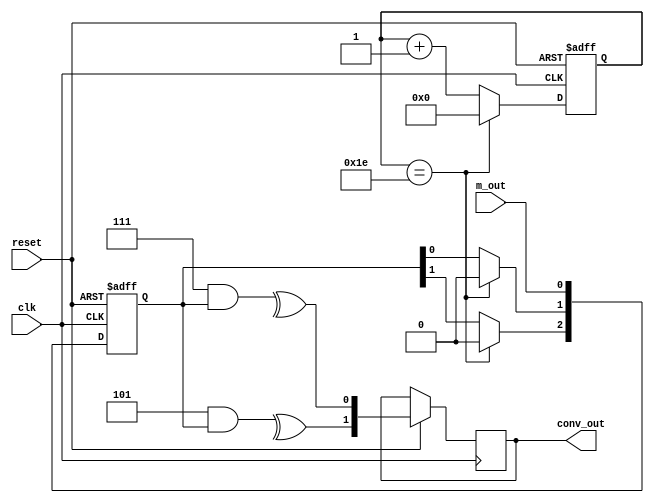
module conv_code(
	input clk,
	input m_out,
	input reset,
	output reg [1:0] conv_out
	);

reg [2:0] D;
reg signed [5:0] reset_count;

always@(posedge clk or negedge reset) begin
	if (~reset) begin
		D <= 3'b000;
		reset_count <= -6'd1;
	end
	else begin
		if(reset_count == 6'd30) begin
			D[2] <= 1'b0;
			D[1] <= 1'b0;
			D[0] <= m_out;
			reset_count <= 6'd0;
		end
		else begin
			D[2] <= D[1];
			D[1] <= D[0];
			D[0] <= m_out;
			reset_count <= reset_count + 6'd1;
		end
		
		conv_out[0] <= ^(3'b111 & D);
		conv_out[1] <= ^(3'b101 & D);
	end
end

endmodule